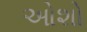
ઓશો